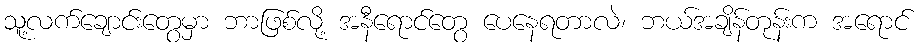
သူ့လက်ချောင်းတွေမှာ ဘာဖြစ်လို့ အနီရောင်တွေ ပေနေရတာလဲ၊ ဘယ်အချိန်တုန်းက အရောင်